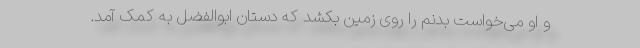
و او می‌خواست بدنم را روی زمین بکشد که دستان ابوالفضل به کمک آمد.